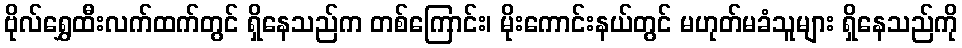
ဗိုလ်ရွှေထီးလက်ထက်တွင် ရှိနေသည်က တစ်ကြောင်း၊ မိုးကောင်းနယ်တွင် မဟုတ်မခံသူများ ရှိနေသည်ကို